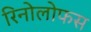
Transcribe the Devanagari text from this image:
रिनोलोफस